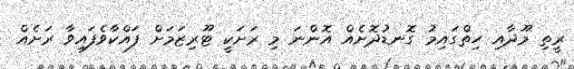
ރީތި މޫދާއި ހިތްގައިމު ގޮނޑުދޮށެއް އޮންނަ މި ރަށަކީ ޓޫރިޒަމަށް ފައްކާވެފައިވާ ރަށެއް